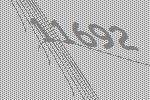
11692